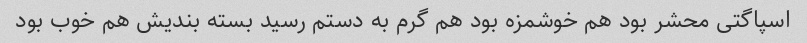
اسپاگتی محشر بود هم خوشمزه بود هم گرم به دستم رسید بسته بندیش هم خوب بود